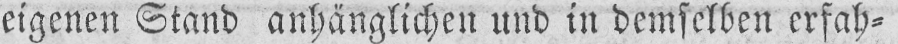
eigenen Stand anhänglichen und in demselben erfah⸗